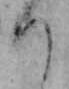
つ